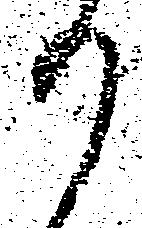
か